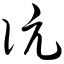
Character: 伉